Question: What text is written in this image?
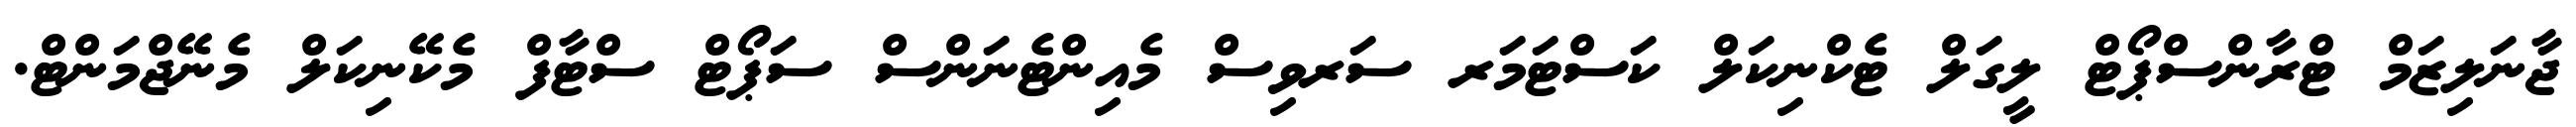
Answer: ޖާނަލިޒަމް ޓްރާންސްޕޯޓް ލީގަލް ޓެކްނިކަލް ކަސްޓަމަރ ސަރވިސް މެއިންޓެނަންސް ސަޕޯޓް ސްޓާފް މެކޭނިކަލް މެނޭޖްމަންޓް.